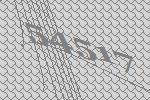
54517